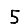
Digit: 5